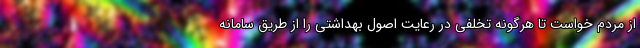
از مردم خواست تا هرگونه تخلفی در رعایت اصول بهداشتی را از طریق سامانه